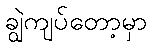
ချွဲကျပ်တော့မှာ